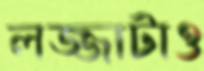
লজ্জাটাও